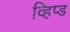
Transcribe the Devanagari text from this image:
व्हिप्ड